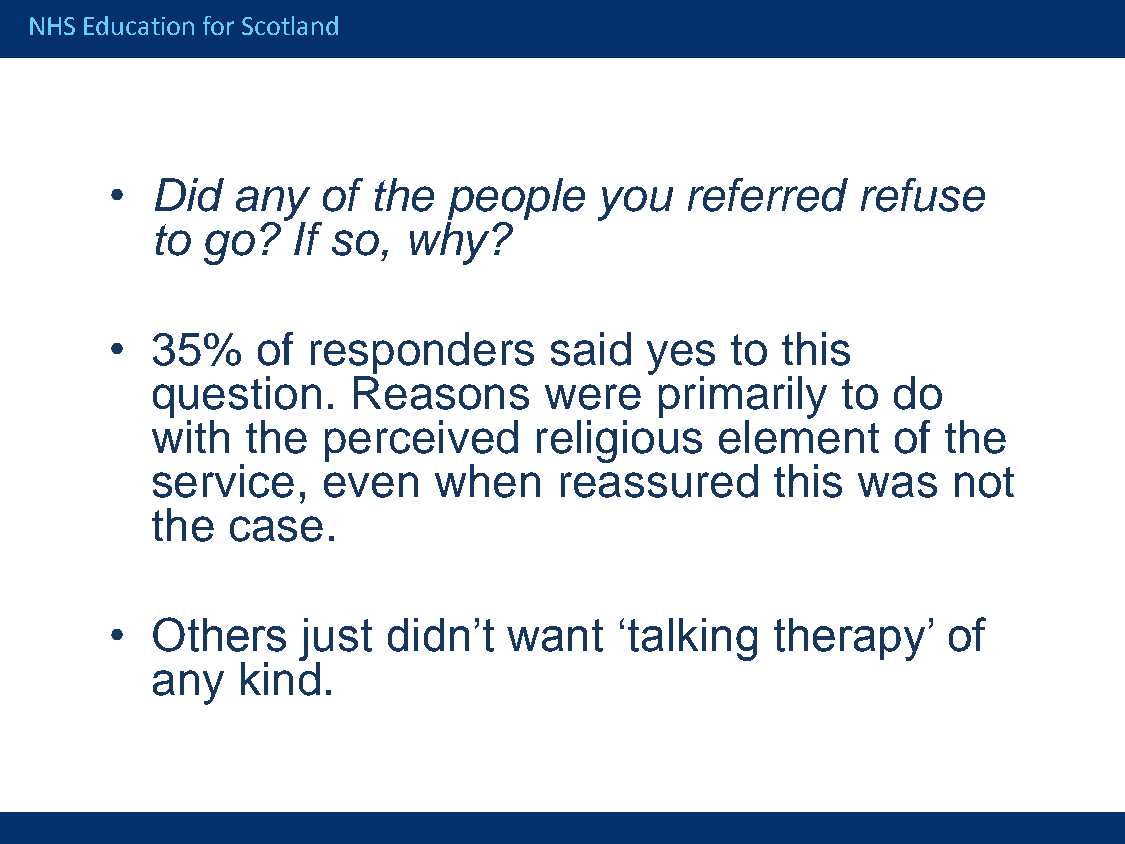
NHS Education for Scotland
 •  Did  any   of  the  people    you  referred    refuse
 to go?   If so,  why?
 •  35%    of responders      said   yes  to  this
 question.    Reasons      were   primarily    to do
 with  the  perceived     religious   element     of the
 service,   even    when    reassured     this  was   not
 the  case.
 •  Others    just  didn’t  want   ‘talking  therapy’    of
 any   kind.